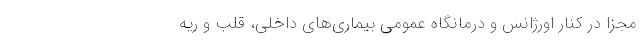
مجزا در کنار اورژانس و درمانگاه عمومی بیماری‌های داخلی، قلب و ریه